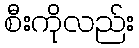
စီးကိုလည်း